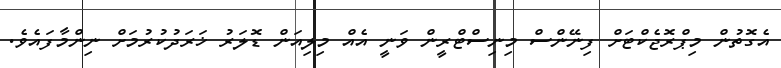
އެގޮތުން މިޕްރޮޖެކްޓަށް ފިނޭންސް މިނިސްޓްރީން ވަނީ އެއް މިލިއަން ޑޮލަރު ޚަރަދުކުރުމަށް ނިންމާފައެވެ.